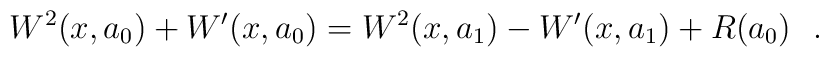
W^2(x,a_0)+W'(x,a_0) = W^2(x,a_1)-W'(x,a_1)+R(a_0)~~.